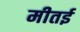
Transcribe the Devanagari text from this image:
मीतई